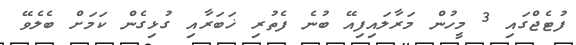
ފުޓެޖްގައި 3 މީހުން މަރާލައިފިއޭ ބުނެ ފެތުރި ޚަބަރާއި ގުޅިގެން ކަމަށް ބެލެވޭ